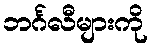
ဘင်္ဂလီများကို